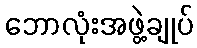
ဘောလုံးအဖွဲ့ချုပ်